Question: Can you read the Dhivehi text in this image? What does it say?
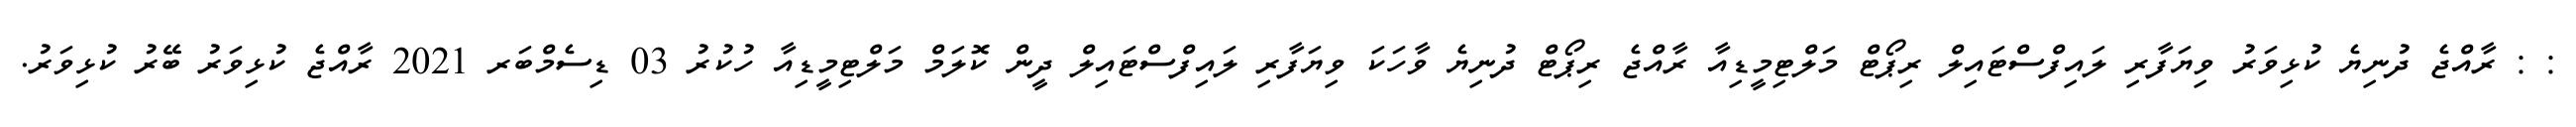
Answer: : : ރާއްޖެ ދުނިޔެ ކުޅިވަރު ވިޔަފާރި ލައިފްސްޓައިލް ރިޕޯޓް މަލްޓިމީޑިއާ ރާއްޖެ ރިޕޯޓް ދުނިޔެ ވާހަކަ ވިޔަފާރި ލައިފްސްޓައިލް ދީން ކޮލަމް މަލްޓިމީޑިއާ ހުކުރު 03 ޑިސެމްބަރ 2021 ރާއްޖެ ކުޅިވަރު ބޭރު ކުޅިވަރު.